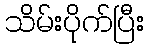
သိမ်းပိုက်ပြီး